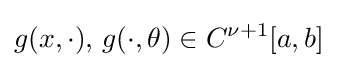
g(x,\cdot ),\,g(\cdot ,\theta )\in C^{\nu +1}[a,b]